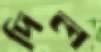
দিল